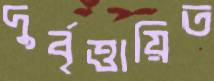
দুর্বৃত্তায়িত